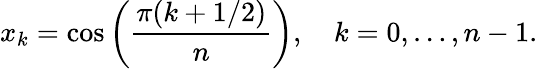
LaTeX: x_{k}=\cos\left({\frac{\pi(k+1/2)}{n}}\right),\quad k=0,\ldots,n-1.